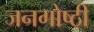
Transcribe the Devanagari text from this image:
जनगोष्ठी